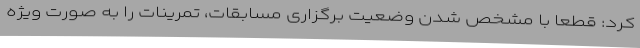
کرد: قطعا با مشخص شدن وضعیت برگزاری مسابقات، تمرینات را به صورت ویژه